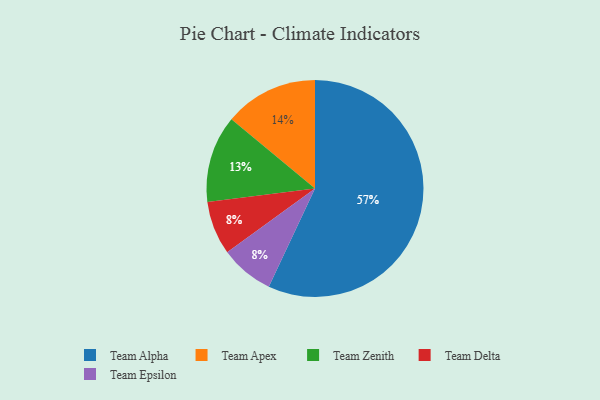
{"axis": {"x": "Category", "y": "Percentage"}, "legend": ["Team Alpha", "Team Apex", "Team Delta", "Team Epsilon", "Team Zenith"], "data": [{"x": "Team Alpha", "y": 57, "type": "Team Alpha"}, {"x": "Team Delta", "y": 8, "type": "Team Delta"}, {"x": "Team Zenith", "y": 13, "type": "Team Zenith"}, {"x": "Team Apex", "y": 14, "type": "Team Apex"}, {"x": "Team Epsilon", "y": 8, "type": "Team Epsilon"}]}